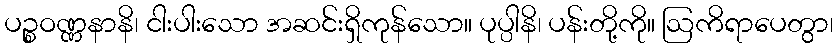
ပဉ္စဝဏ္ဏနာနိ၊ ငါးပါးသော အဆင်းရှိကုန်သော။ ပုပ္ပါနိ၊ ပန်းတို့ကို။ ဩကိရာပေတွာ၊